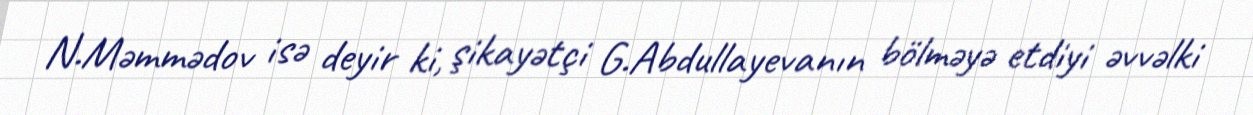
N.Məmmədov isə deyir ki, şikayətçi G.Abdullayevanın bölməyə etdiyi əvvəlki